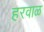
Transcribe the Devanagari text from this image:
हरवाळ